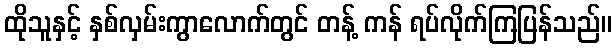
ထိုသူနှင့် နှစ်လှမ်းကွာလောက်တွင် တန့် ကန် ရပ်လိုက်ကြပြန်သည်။